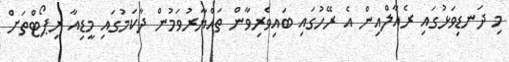
މި ދަނޑިވަޅުގައި ރެއާލްއިން އެ ރޭހުގައި ބައިވެރިވާން ތައްޔާރުވަމުން ދާކަމުގައި މީޑިއާ ރިޕޯޓްތަށް